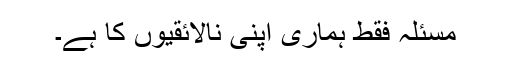
مسئلہ فقط ہماری اپنی نالائقیوں کا ہے۔